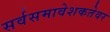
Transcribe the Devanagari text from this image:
सर्वसमावेशकतेवर